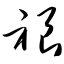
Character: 裉